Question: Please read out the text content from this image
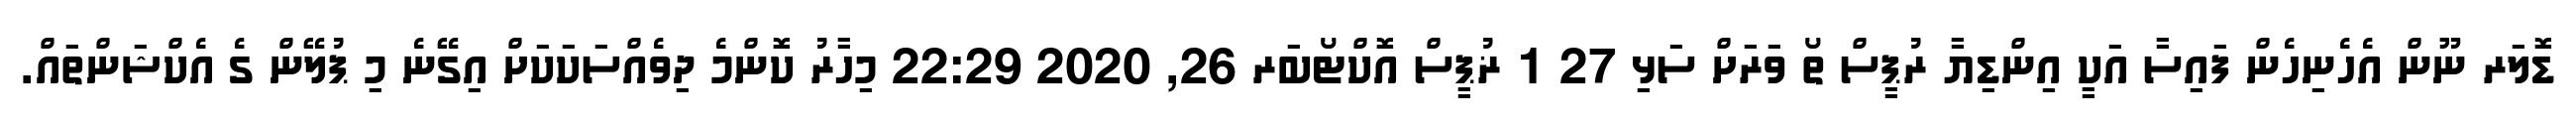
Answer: ޑޮލަރ ނޫން އެހެނިހެން ފައިސާ އަކީ އިންޑިޔާ ރުޕީސް ތޯ ވަރަށް ސަޅި 27 1 ޜުޕީސް އޮކްޓޯބަރ 26, 2020 22:29 މިހާރު ކޮންމެ ދިވެއްސަކަކަށް އިގޭނެ މި ޕުލޭން ގެ އެކްޝަންތައް.